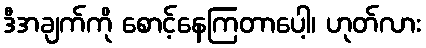
ဒီအချက်ကို စောင့်နေကြတာပေါ့၊ ဟုတ်လား